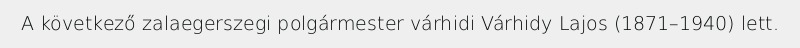
A következő zalaegerszegi polgármester várhidi Várhidy Lajos (1871–1940) lett.